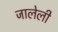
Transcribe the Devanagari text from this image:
जालेली